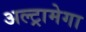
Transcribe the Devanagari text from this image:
अल्ट्रामेगा